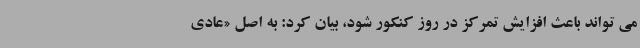
می تواند باعث افزایش تمرکز در روز کنکور شود، بیان کرد: به اصل «عادی